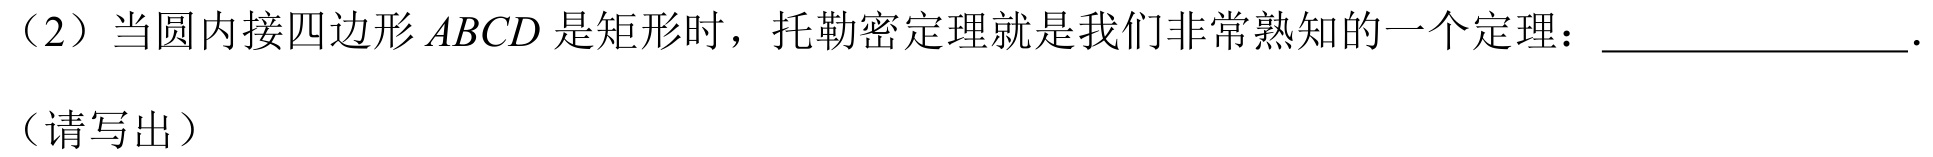
（2）当圆内接四边形 \(ABCD\) 是矩形时，托勒密定理就是我们非常熟知的一个定理：________________.
（请写出）